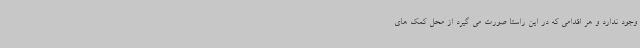
وجود ندارد و هر اقدامی که در این راستا صورت می گیرد از محل کمک های